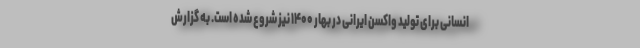
انسانی برای تولید واکسن ایرانی در بهار ۱۴۰۰ نیز شروع شده است. به گزارش